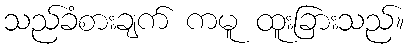
သည်ခံစားချက် ကမူ ထူးခြားသည်။